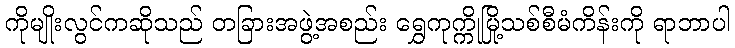
ကိုမျိုးလွင်ကဆိုသည် တခြားအဖွဲ့အစည်း ရွှေကုက္ကိုမြို့သစ်စီမံကိန်းကို ရာဘာပါ